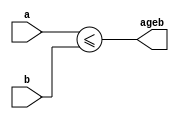
module comparator (a,b,ageb);
	//function: compairs the inputs and sets ageb accordingly
	parameter DATA_WIDTH = 8;	//width of the data
	
	input wire [DATA_WIDTH-1:0] a,b; //values to be compaired 
	output wire ageb; //output showing if A>=B
	
	assign ageb = a<=b; //For ascending order us <= for descending order use >=
	
	endmodule